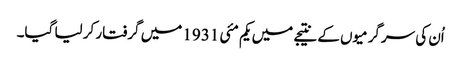
اُن کی سرگرمیوں کے نتیجے میں یکم مئی 1931 میں گرفتار کر لیا گیا۔